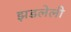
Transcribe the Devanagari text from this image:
झडलेली